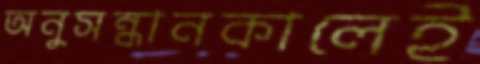
অনুসন্ধানকালেই